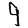
Digit: 9